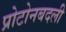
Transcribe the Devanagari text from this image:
प्रोटोनबदली